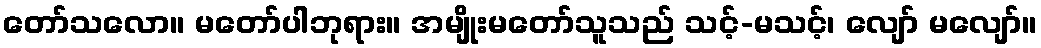
တော်သလော။ မတော်ပါဘုရား။ အမျိုးမတော်သူသည် သင့်-မသင့်၊ လျော် မလျော်။